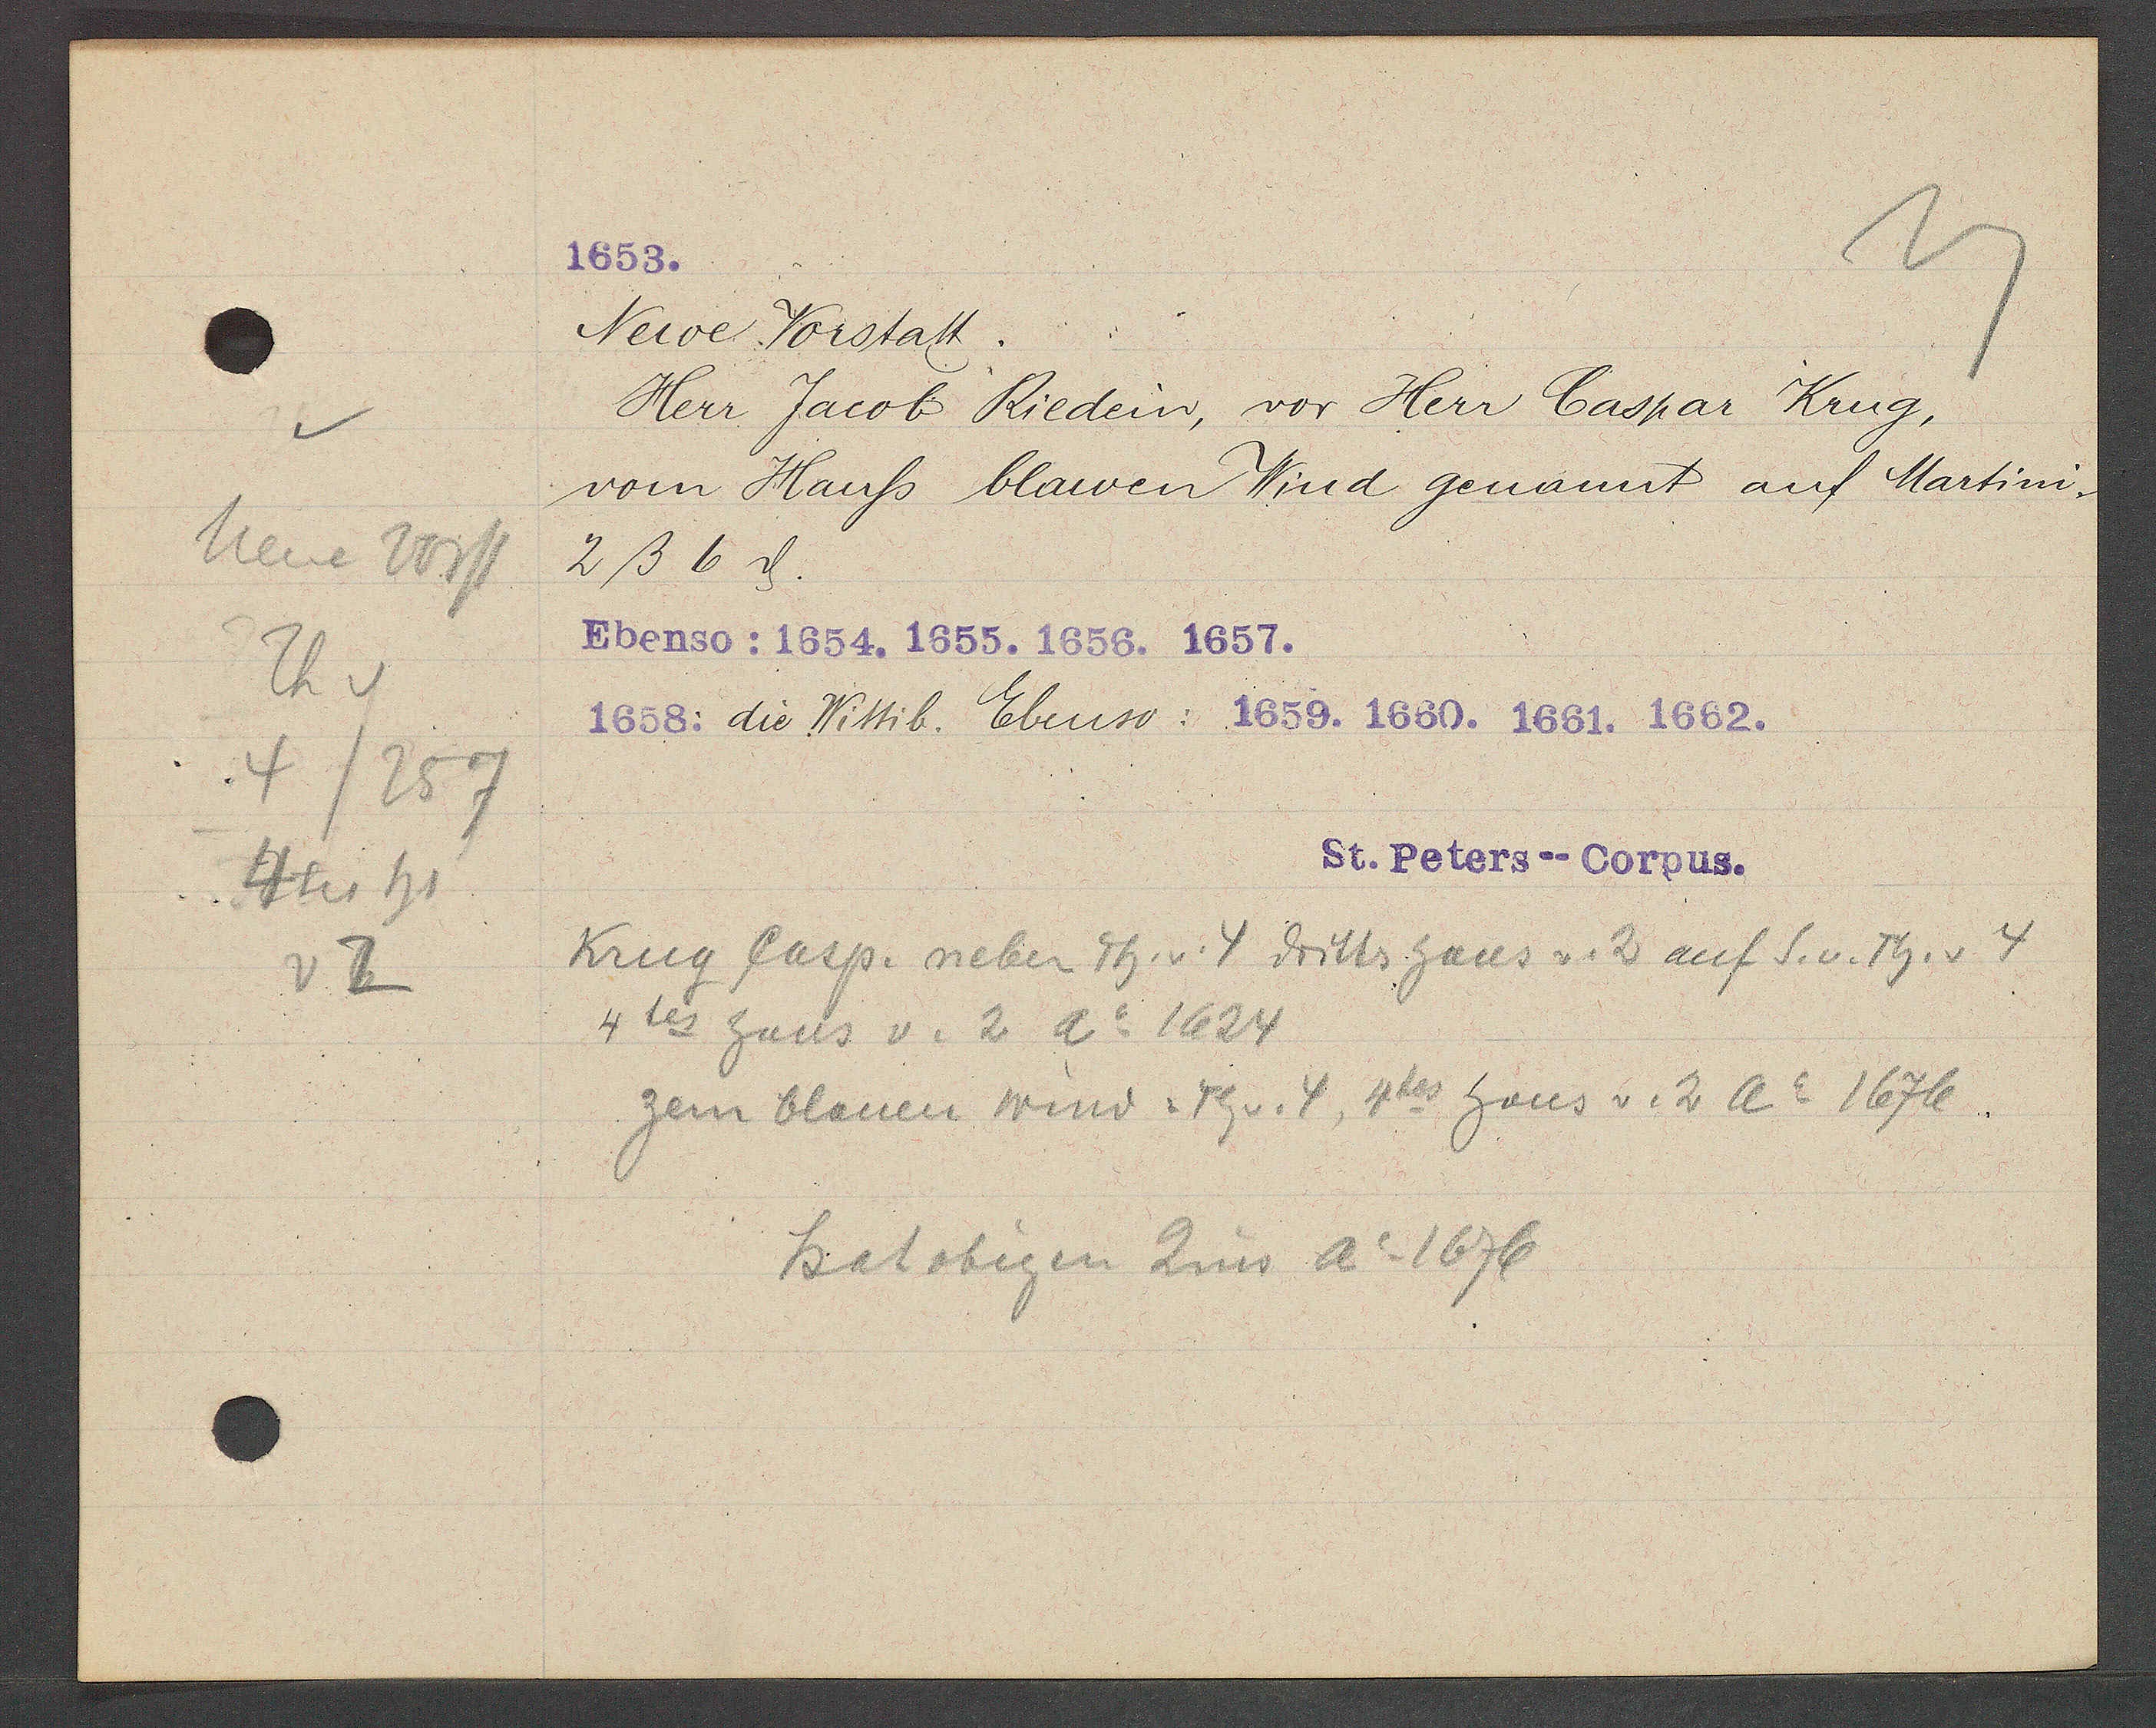
Transcript:
neue vorst
Utes 41
Th v
4/257
v2

1653.

Neue Vorstatt.
Herr Jacob Riedein, vor Herr Caspar Krug,
vom Hauss blawen Wind genannt auf Martini,
2ß 6ȡ.
Ebenso: 1654. 1655. 1656. 1657.
1658: die Wittib. Ebenso: 1659. 1660. 1661. 1662.

St. Peters--Corpus.

Krug Casp. neben Th. v. 4 dritts haus v. 2 auf S. v. Th. v 4
4tes haus v. 2 Ao 1624
zem blauen Wind. Th v. 4, 4tes haus v. 2 Ao 1676.
hat obigen Zins Ao 1676